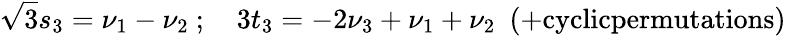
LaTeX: {\sqrt 3}s_{3}=\nu_{1}-\nu_{2}\ ;\quad 3t_{3}=-2\nu_{3}+\nu_{1}+\nu_{2}\ \ (+\mathrm{cyclicpermutations})